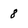
Character: 8